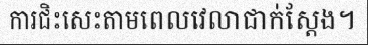
ការជិះសេះតាមពេលវេលាជាក់ស្តែង។